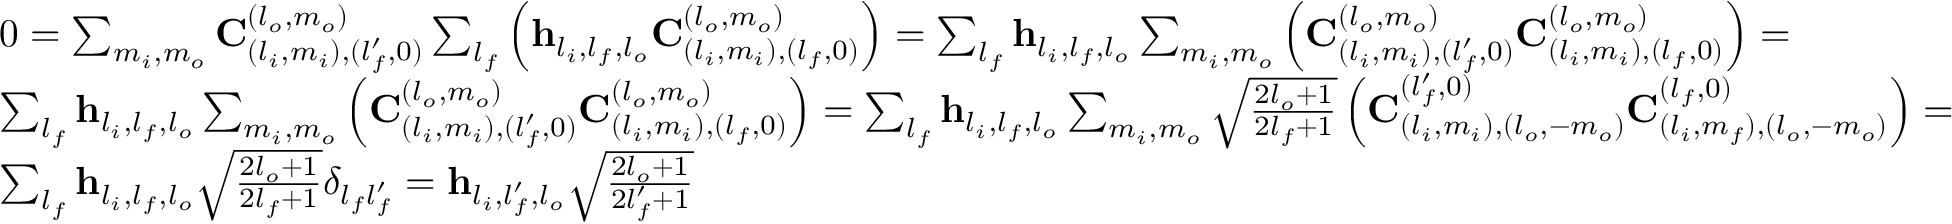
\begin{array} { r l } & { 0 = \sum _ { m _ { i } , m _ { o } } \mathbf { C } _ { ( l _ { i } , m _ { i } ) , ( l _ { f } ^ { \prime } , 0 ) } ^ { ( l _ { o } , m _ { o } ) } \sum _ { l _ { f } } \left( \mathbf { h } _ { l _ { i } , l _ { f } , l _ { o } } \mathbf { C } _ { ( l _ { i } , m _ { i } ) , ( l _ { f } , 0 ) } ^ { ( l _ { o } , m _ { o } ) } \right) = \sum _ { l _ { f } } \mathbf { h } _ { l _ { i } , l _ { f } , l _ { o } } \sum _ { m _ { i } , m _ { o } } \left( \mathbf { C } _ { ( l _ { i } , m _ { i } ) , ( l _ { f } ^ { \prime } , 0 ) } ^ { ( l _ { o } , m _ { o } ) } \mathbf { C } _ { ( l _ { i } , m _ { i } ) , ( l _ { f } , 0 ) } ^ { ( l _ { o } , m _ { o } ) } \right) = } \\ & { \sum _ { l _ { f } } \mathbf { h } _ { l _ { i } , l _ { f } , l _ { o } } \sum _ { m _ { i } , m _ { o } } \left( \mathbf { C } _ { ( l _ { i } , m _ { i } ) , ( l _ { f } ^ { \prime } , 0 ) } ^ { ( l _ { o } , m _ { o } ) } \mathbf { C } _ { ( l _ { i } , m _ { i } ) , ( l _ { f } , 0 ) } ^ { ( l _ { o } , m _ { o } ) } \right) = \sum _ { l _ { f } } \mathbf { h } _ { l _ { i } , l _ { f } , l _ { o } } \sum _ { m _ { i } , m _ { o } } \sqrt { \frac { 2 l _ { o } + 1 } { 2 l _ { f } + 1 } } \left( \mathbf { C } _ { ( l _ { i } , m _ { i } ) , ( l _ { o } , - m _ { o } ) } ^ { ( l _ { f } ^ { \prime } , 0 ) } \mathbf { C } _ { ( l _ { i } , m _ { f } ) , ( l _ { o } , - m _ { o } ) } ^ { ( l _ { f } , 0 ) } \right) = } \\ & { \sum _ { l _ { f } } \mathbf { h } _ { l _ { i } , l _ { f } , l _ { o } } \sqrt { \frac { 2 l _ { o } + 1 } { 2 l _ { f } + 1 } } \delta _ { l _ { f } l _ { f } ^ { \prime } } = \mathbf { h } _ { l _ { i } , l _ { f } ^ { \prime } , l _ { o } } \sqrt { \frac { 2 l _ { o } + 1 } { 2 l _ { f } ^ { \prime } + 1 } } } \end{array}